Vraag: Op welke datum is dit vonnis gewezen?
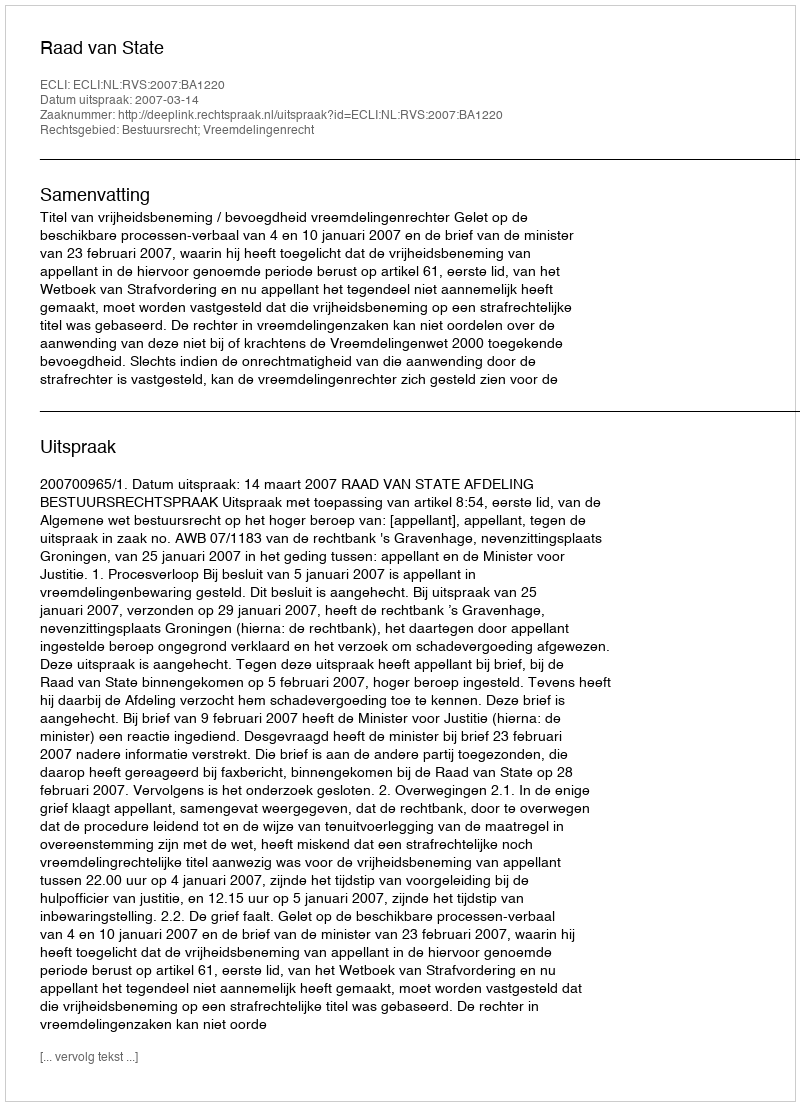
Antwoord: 2007-03-14